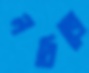
লবিতে